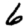
Digit: 6